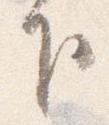
下